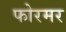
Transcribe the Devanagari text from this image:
फोरमर